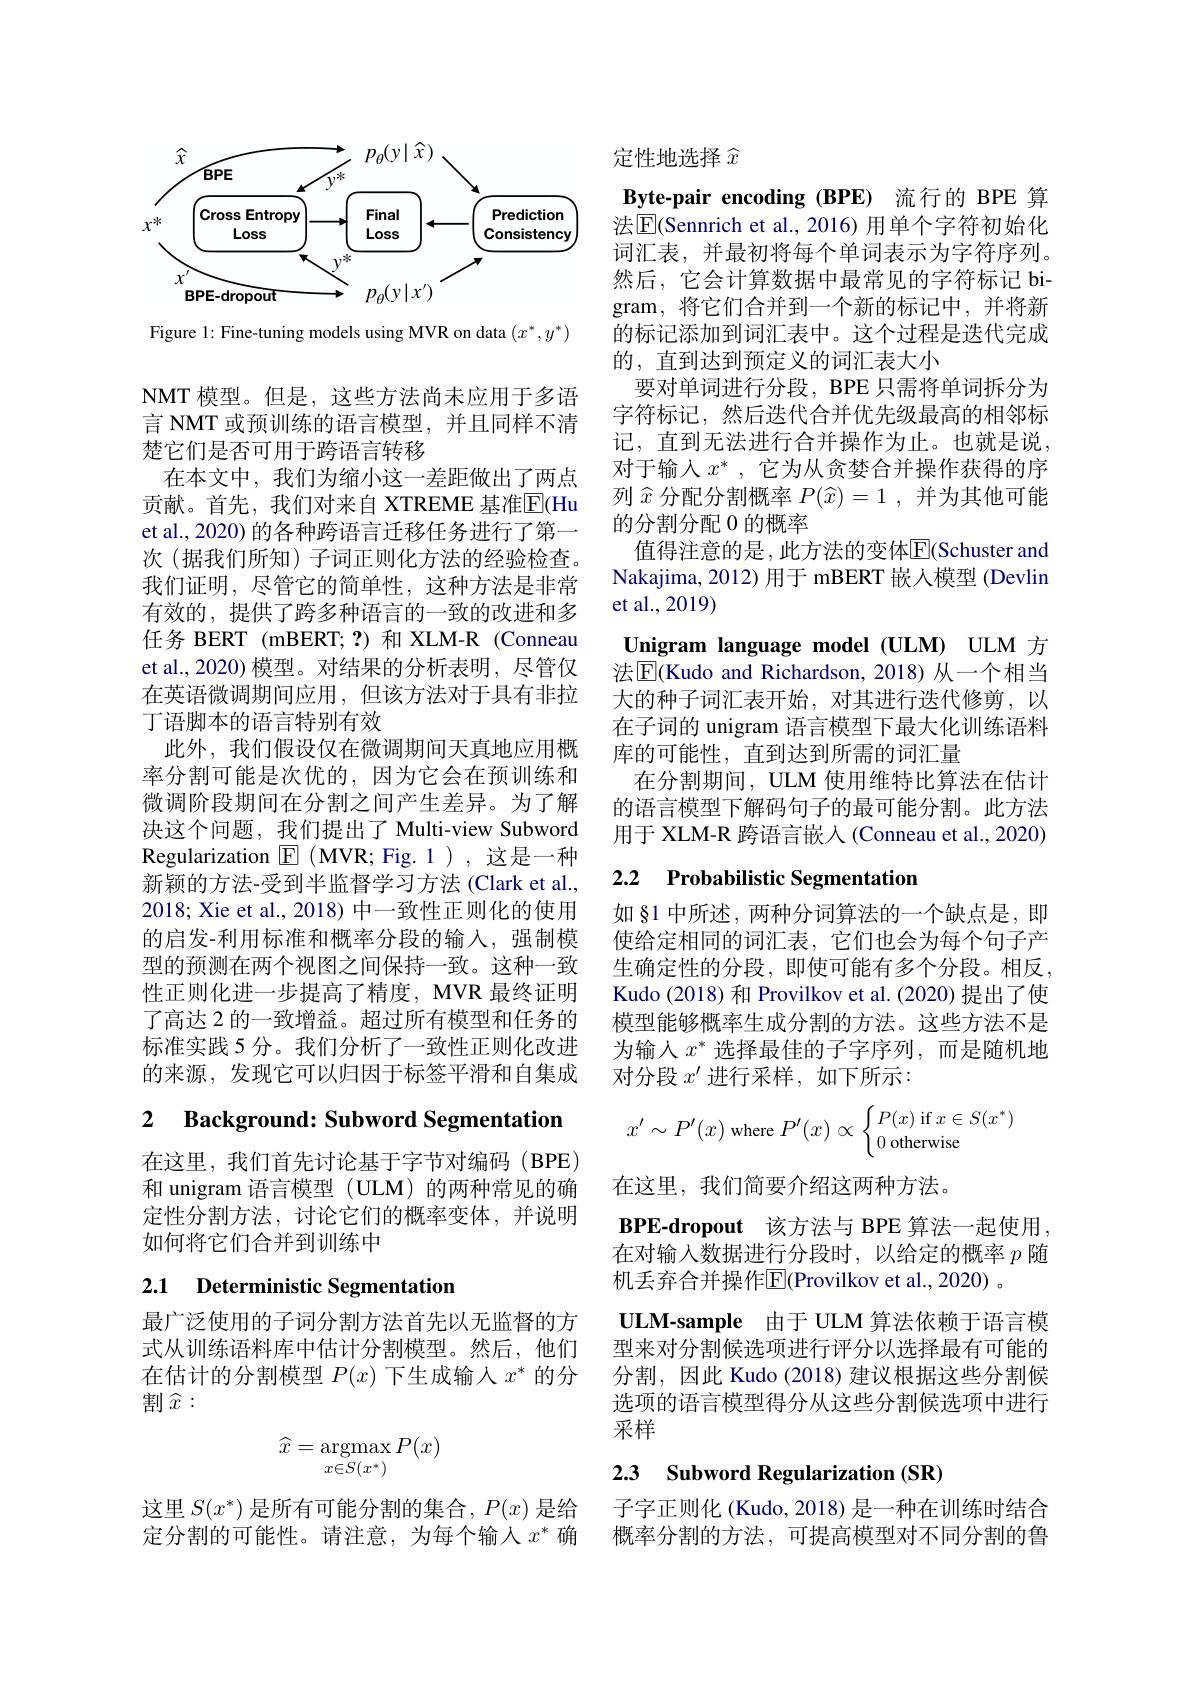
<FigureHere>

Figure 1: Fine-tuning models using MVR on data $(x^*,y^*)$

NMT 模型。但是，这些方法尚未应用于多语言 NMT 或预训练的语言模型，并且同样不清楚它们是否可用于跨语言转移
在本文中，我们为缩小这一差距做出了两点贡献。首先，我们对来自 XTREME 基准$\overline{\mathrm{E}}($Hu et al., 2020) 的各种跨语言迁移任务进行了第一次(据我们所知)子词正则化方法的经验检查。我们证明，尽管它的简单性，这种方法是非常有效的，提供了跨多种语言的一致的改进和多任务 BERT (mBERT;?)和 XLM-R (Conneau et al., 2020) 模型。对结果的分析表明，尽管仅在英语微调期间应用，但该方法对于具有非拉丁语脚本的语言特别有效
此外，我们假设仅在微调期间天真地应用概率分割可能是次优的，因为它会在预训练和微调阶段期间在分割之间产生差异。为了解决这个问题，我们提出了 Multi-view Subword Regularization $\boxed{E}$ ( MVR; Fig. 1) , 这 是 一 种 新颖的方法-受到半监督学习方法(Clark et al., 2018; Xie et al., 2018) 中一致性正则化的使用的启发-利用标准和概率分段的输入，强制模型的预测在两个视图之间保持一致。这种一致性正则化进一步提高了精度，MVR 最终证明了高达 2 的一致增益。超过所有模型和任务的标准实践 5 分。我们分析了一致性正则化改进的来源，发现它可以归因于标签平滑和自集成

2 Background: Subword Segmentation

在这里，我们首先讨论基于字节对编码(BPE) 和 unigram 语言模型 (ULM)的两种常见的确定性分割方法，讨论它们的概率变体，并说明如何将它们合并到训练中

# 2.1 Deterministic Segmentatiom

最广泛使用的子词分割方法首先以无监督的方式从训练语料库中估计分割模型。然后，他们在估计的分割模型$P(x)$下生成输入$x^*$的分割$\widehat{x}:$
$$\widehat{x}=\underset{x\in S(x^*)}{\operatorname*{argmax}}P(x)$$
这里$S(x^*)$是所有可能分割的集合，$P(x)$是给定分割的可能性。请注意，为每个输入$x^*$确

定性地选择$\widehat{x}$
Byte-pair encoding (BPE) 流行的 BPE 算法$\boxed{\mathrm{F}}($Sennrich et al., 2016) 用单个字符初始化词汇表，并最初将每个单词表示为字符序列。然后，它会计算数据中最常见的字符标记 bigram, 将它们合并到一个新的标记中，并将新的标记添加到词汇表中。这个过程是迭代完成的，直到达到预定义的词汇表大小
要对单词进行分段，BPE 只需将单词拆分为字符标记，然后迭代合并优先级最高的相邻标记，直到无法进行合并操作为止。也就是说， 对于输入$x^*$ ,它为从贪婪合并操作获得的序列$\widehat{x}$分配分割概率$P(\widehat{x})=1$,并为其他可能的分割分配 0 的概率
值得注意的是，此方法的变体$\overline{\mathrm{E}}($Schuster and Nakajima, 2012) 用于 mBERT 嵌人模型 (Devlin et al.,2019)
Unigram language model(ULM) ULM 方法$\boxed{\mathrm{F}}($Kudo and Richardson,2018)从一个相当大的种子词汇表开始，对其进行迭代修剪，以在子词的 unigram 语言模型下最大化训练语料库的可能性，直到达到所需的词汇量
在分割期间，ULM 使用维特比算法在估计的语言模型下解码句子的最可能分割。此方法用于 XLM-R 跨语言嵌人 (Conneau et al., 2020)

# 2.2 Probabilistic Segmentation

如 §1 中所述，两种分词算法的一个缺点是，即使给定相同的词汇表，它们也会为每个句子产生确定性的分段，即使可能有多个分段。相反Kudo (2018) 和 Provilkov et al. (2020) 提出了使模型能够概率生成分割的方法。这些方法不是为输人$x^*$选择最佳的子字序列，而是随机地对分段$x^\prime$进行采样，如下所示：
$$x'\sim P'(x)\text{where}P'(x)\propto\begin{cases}P(x)\text{if}x\in S(x^*)\\0\text{otherwise}\end{cases}$$
在这里，我们简要介绍这两种方法。
BPE-dropout 该方法与 BPE 算法一起使用， 在对输入数据进行分段时，以给定的概率$p$随机丢弃合并操作$\overline{\mathrm{E}}($Provilkov et al., 2020) 。
ULM-sample 由于 ULM 算法依赖于语言模型来对分割候选项进行评分以选择最有可能的分割，因此 Kudo (2018) 建议根据这些分割候选项的语言模型得分从这些分割候选项中进行采样

## 2.3 Subword Regularization (SR)

子字正则化 (Kudo, 2018) 是一种在训练时结合概率分割的方法，可提高模型对不同分割的鲁